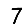
Digit: 7